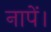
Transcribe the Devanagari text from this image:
नापें।